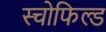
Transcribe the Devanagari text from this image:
स्चोफिल्ड